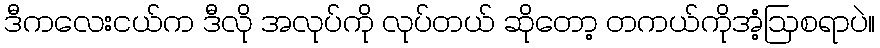
ဒီကလေးငယ်က ဒီလို အလုပ်ကို လုပ်တယ် ဆိုတော့ တကယ်ကိုအံ့ဩစရာပဲ။